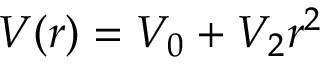
V ( r ) = V _ { 0 } + V _ { 2 } r ^ { 2 }